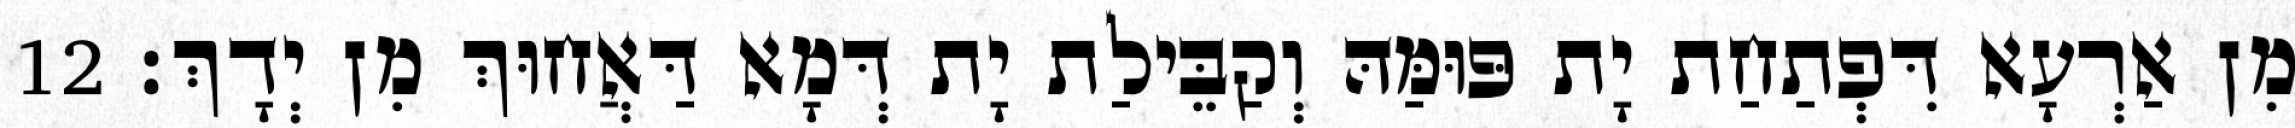
מִן אַרְעָא דִּפְתַחַת יָת פּוּמַּהּ וְקַבֵּילַת יָת דְּמָא דַּאֲחוּךְ מִן יְדָךְ׃ 12